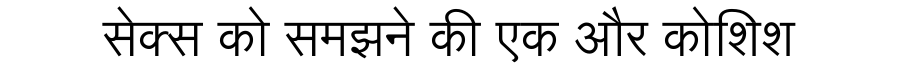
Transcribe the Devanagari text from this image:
सेक्स को समझने की एक और कोशिश